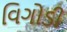
વિગોડી